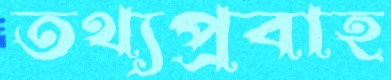
তথ্যপ্রবাহ